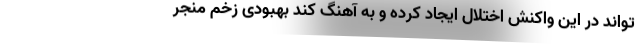
تواند در این واکنش اختلال ایجاد کرده و به آهنگ کند بهبودی زخم منجر